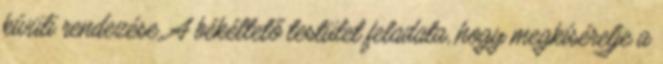
kívüli rendezése. A békéltető testület feladata, hogy megkísérelje a